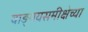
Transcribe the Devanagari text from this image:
वाङ्‌मयसमीक्षेच्या